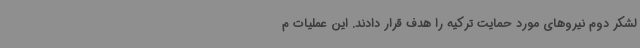
لشکر دوم نیروهای مورد حمایت ترکیه را هدف قرار دادند. این عملیات م